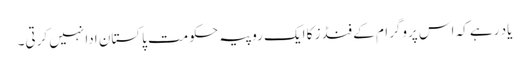
یاد رہے کہ اس پروگرام کے فنڈز کا ایک روپیہ حکومت پاکستان ادا نہیں کرتی۔